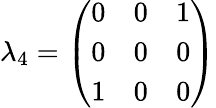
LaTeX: \lambda_{4}={\left(\begin{array}{lll}{0}&{0}&{1}\\ {0}&{0}&{0}\\ {1}&{0}&{0}\end{array}\right)}